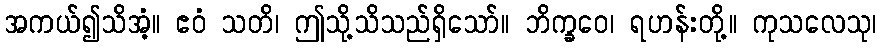
အကယ်၍သိအံ့။ ဧဝံ သတိ၊ ဤသို့သိသည်ရှိသော်။ ဘိက္ခဝေ၊ ရဟန်းတို့။ ကုသလေသု၊